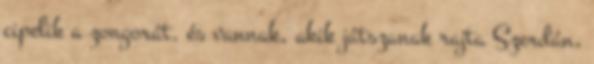
cipelik a zongorát, és vannak, akik játszanak rajta Szerdán,